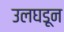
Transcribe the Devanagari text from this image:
उलघडून